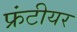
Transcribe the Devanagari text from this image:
फ्रंटीयर